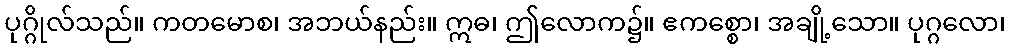
ပုဂ္ဂိုလ်သည်။ ကတမောစ၊ အဘယ်နည်း။ ဣဓ၊ ဤလောက၌။ ဧကစ္စော၊ အချို့သော။ ပုဂ္ဂလော၊